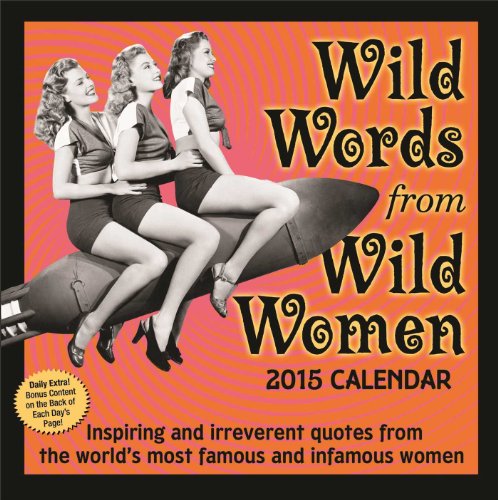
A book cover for Wild Words from Wild Women 2015 Day-to-Day Calendar; Autumn Stephens; Calendars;